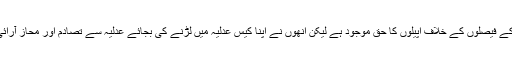
لیکن عدلیہ میں ان کے حالات بہتر ہوتے نظر نہیں آتے گوابھی ان کے پاس عدلیہ کے فیصلوں کے خلاف اپیلوں کا حق موجود ہے لیکن انھوں نے اپنا کیس عدلیہ میں لڑنے کی بجائے عدلیہ سے تصادم اور محاز آرائی کا راستہ چن لیااور ابھی اس راستے پر تھوڑا ہی چلے ہیں کہ لندن پہنچ گئے ہیں ۔